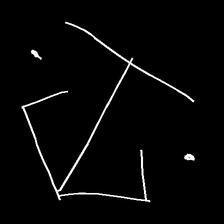
Glyph: earth